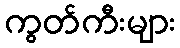
ကွတ်ကီးများ